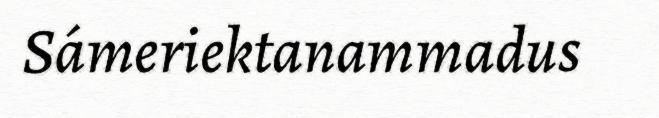
Sámeriektanammadus